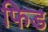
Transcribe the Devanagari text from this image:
फिड